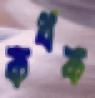
কথক